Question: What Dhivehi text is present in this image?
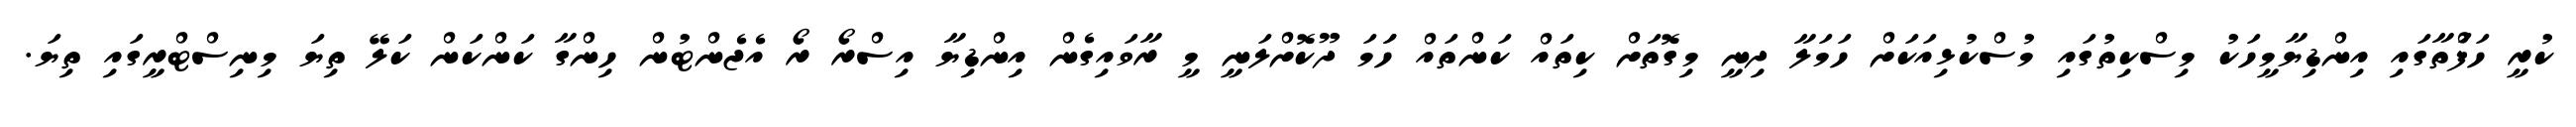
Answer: ކުރީ ހަފަްތާގައި އިންޑިޔާމީހަކު މިސްކިތުގައި މުސްކުޅިއަކަށް ހަމަލާ ދިނީ މިގޮތަށް ކިތައް ކަންތައް ހަަމަ ދޫކޮށްލަނީ މީ ރާވައިގެން އިންޑިޔާ އިސްރޯ ރޯ އެޖެންޓުން ހިންގާ ކަންކަން ކަލޭ ތިޔަ މިނިސްޓްރީގައި ތިޔަ.